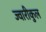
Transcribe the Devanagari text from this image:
ज्वारीकुल